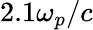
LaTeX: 2.1\omega_{p}/c